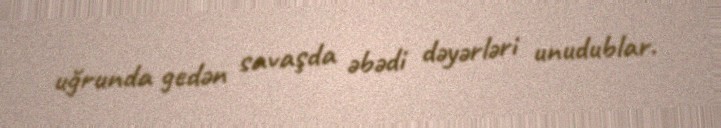
uğrunda gedən savaşda əbədi dəyərləri unudublar.